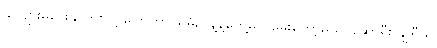
ခင်ဗျားမဖြေနိုင်ဘူးလို့ ပြောတာ၊ မိမိညွန့်နဲ့တွေ့မှပဲ မေးတော့မယ်၊ ဆောရီး ချိုရီယို